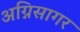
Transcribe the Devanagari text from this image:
अग्निसागर